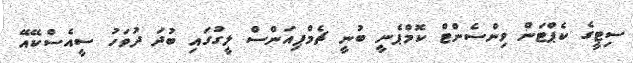
ސިޓީގެ ކެޕްޓަން ވިންސެންޓް ކޮމްޕެނީ ބުނީ ޗެމްޕިއަންސް ލީގުގައި ބުދަ ދުވަހު ސީއެސްކޭއޭ